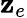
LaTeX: \mathbf{z}_{e}